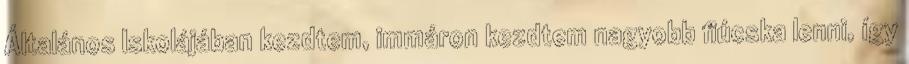
Általános Iskolájában kezdtem, immáron kezdtem nagyobb fiúcska lenni, így